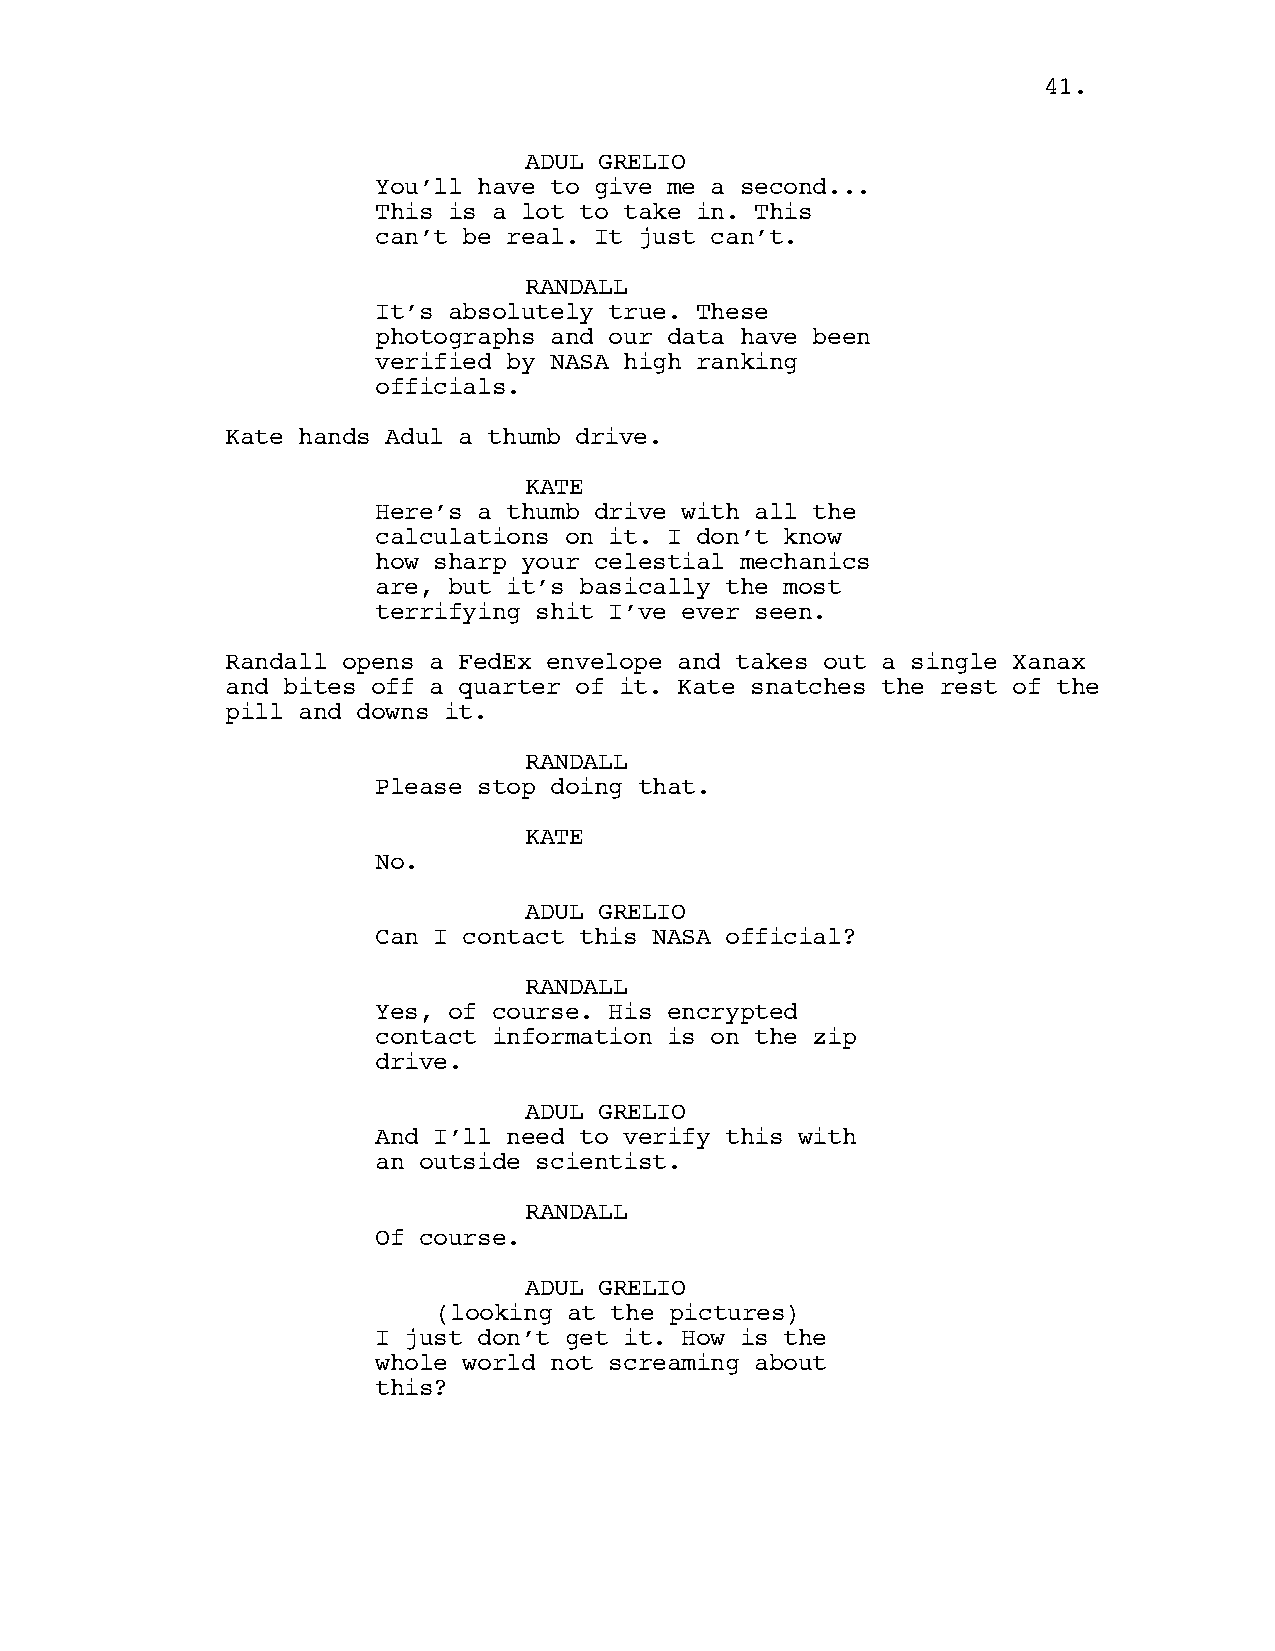
4411..
 ADUL GRELIO
 You’ll have to give me a second...
 This is a lot to take in. This
 can’t be real. It just can’t.
 RANDALL
 It’s absolutely true. These
 photographs and our data have been
 verified by NASA high ranking
 officials.
 Kate hands Adul a thumb drive.
 KATE
 Here’s a thumb drive with all the
 calculations on it. I don’t know
 how sharp your celestial mechanics
 are, but it’s basically the most
 terrifying shit I’ve ever seen.
 Randall opens a FedEx envelope and takes out a single Xanax
 and bites off a quarter of it. Kate snatches the rest of the
 pill and downs it.
 RANDALL
 Please stop doing that.
 KATE
 No.
 ADUL GRELIO
 Can I contact this NASA official?
 RANDALL
 Yes, of course. His encrypted
 contact information is on the zip
 drive.
 ADUL GRELIO
 And I’ll need to verify this with
 an outside scientist.
 RANDALL
 Of course.
 ADUL GRELIO
 (looking at the pictures)
 I just don’t get it. How is the
 whole world not screaming about
 this?